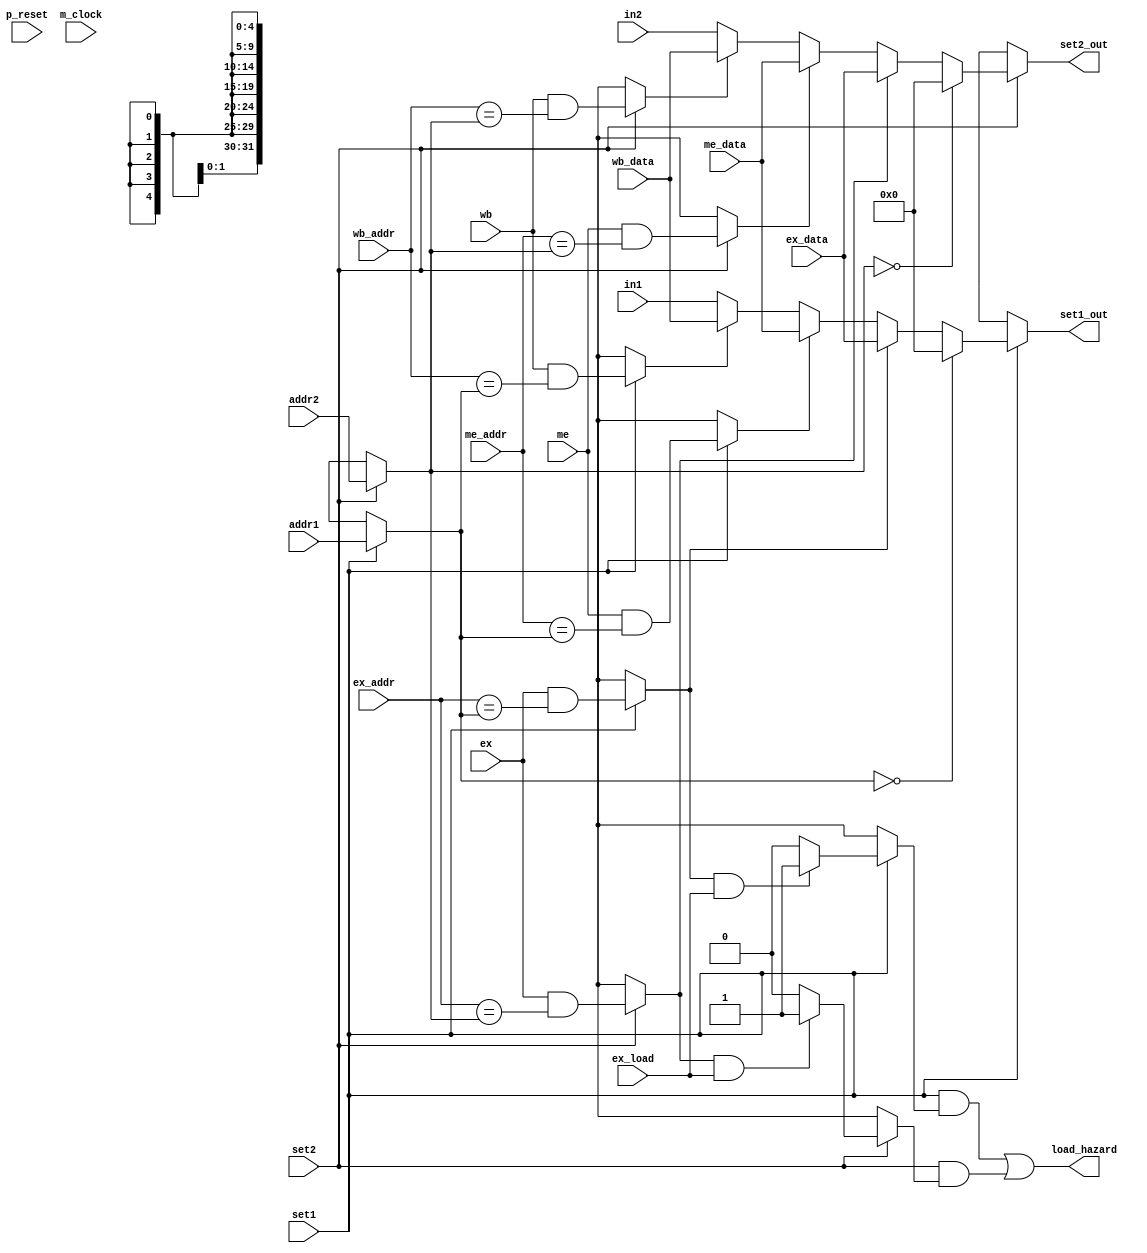
/*
 * This code is produced by: 
 *   FSL Compiler version 0.1 alpha (2020-05-19) build 20E314
 *   Designed by Nobuya WATANABE, Okayama University, 2015-2020.
 * 
 *   Thu Jun 04 17:20:04 JST 2020
 * 
 * The source file of this code: 'p32ForwardingUnit.fsl'.
 * 
 * INFO: 
 * 
 */
/* ModuleDef: p32ForwardingUnit */

module p32ForwardingUnit(p_reset, m_clock, addr1, in1, addr2, in2, ex_addr, ex_data, me_addr, me_data, wb_addr, wb_data, load_hazard, ex, me, wb, ex_load, set1, set2, set1_out, set2_out);
  input         p_reset;
  wire          p_reset;
  input         m_clock;
  wire          m_clock;
  input   [4:0] addr1;
  wire    [4:0] addr1;
  input  [31:0] in1;
  wire   [31:0] in1;
  input   [4:0] addr2;
  wire    [4:0] addr2;
  input  [31:0] in2;
  wire   [31:0] in2;
  input   [4:0] ex_addr;
  wire    [4:0] ex_addr;
  input  [31:0] ex_data;
  wire   [31:0] ex_data;
  input   [4:0] me_addr;
  wire    [4:0] me_addr;
  input  [31:0] me_data;
  wire   [31:0] me_data;
  input   [4:0] wb_addr;
  wire    [4:0] wb_addr;
  input  [31:0] wb_data;
  wire   [31:0] wb_data;
  output        load_hazard;
  wire          load_hazard;
  input         ex;
  wire          ex;
  input         me;
  wire          me;
  input         wb;
  wire          wb;
  input         ex_load;
  wire          ex_load;
  input         set1;
  wire          set1;
  input         set2;
  wire          set2;
  output [31:0] set1_out;
  wire   [31:0] set1_out;
  output [31:0] set2_out;
  wire   [31:0] set2_out;
  /* for bundle-type input/output */
  /* local decls */
  wire          __net0;
  wire          __net1;
  wire          __net10;
  wire          __net11;
  wire          __net12;
  wire          __net13;
  wire          __net14;
  wire          __net2;
  wire          __net3;
  wire          __net4;
  wire          __net5;
  wire          __net6;
  wire          __net7;
  wire          __net8;
  wire          __net9;
  wire    [4:0] _forwarding_addr;
  wire          _forwarding_fromEX_1_1000;
  wire          _forwarding_fromMEM_1_1001;
  wire          _forwarding_fromWB_1_1002;
  wire   [31:0] _forwarding_in;
  wire   [31:0] _forwarding_result_;
  wire    [4:0] _set1__forwarding_addr_2_1003;
  wire   [31:0] _set1__forwarding_in_2_1004;
  wire          _set1_fromEX_3_1005;
  wire          _set1_fromMEM_3_1006;
  wire          _set1_fromWB_3_1007;
  wire    [4:0] _set2__forwarding_addr_4_1008;
  wire   [31:0] _set2__forwarding_in_4_1009;
  wire          _set2_fromEX_5_1010;
  wire          _set2_fromMEM_5_1011;
  wire          _set2_fromWB_5_1012;
  wire          forwarding;
  /* assigns */
  assign __net0 = forwarding ? 
                    _forwarding_fromEX_1_1000 && ex_load ? 
                      1'b1 : 
                      1'b0 : 
                    1'bx;
  assign __net1 = forwarding ? 
                    _forwarding_addr == 5'B00000 ? 
                      1'b1 : 
                      1'b0 : 
                    1'bx;
  assign __net10 = set2 ? 
                     _set2_fromEX_5_1010 && ex_load ? 
                       1'b1 : 
                       1'b0 : 
                     1'bx;
  assign __net11 = set2 ? 
                     _set2__forwarding_addr_4_1008 == 5'B00000 ? 
                       1'b1 : 
                       1'b0 : 
                     1'bx;
  assign __net12 = set2 & ~__net11 ? 
                     _set2_fromEX_5_1010 ? 
                       1'b1 : 
                       1'b0 : 
                     1'bx;
  assign __net13 = set2 & ~__net11 & ~__net12 ? 
                     _set2_fromMEM_5_1011 ? 
                       1'b1 : 
                       1'b0 : 
                     1'bx;
  assign __net14 = set2 & ~__net11 & ~__net12 & ~__net13 ? 
                     _set2_fromWB_5_1012 ? 
                       1'b1 : 
                       1'b0 : 
                     1'bx;
  assign __net2 = forwarding & ~__net1 ? 
                    _forwarding_fromEX_1_1000 ? 
                      1'b1 : 
                      1'b0 : 
                    1'bx;
  assign __net3 = forwarding & ~__net1 & ~__net2 ? 
                    _forwarding_fromMEM_1_1001 ? 
                      1'b1 : 
                      1'b0 : 
                    1'bx;
  assign __net4 = forwarding & ~__net1 & ~__net2 & ~__net3 ? 
                    _forwarding_fromWB_1_1002 ? 
                      1'b1 : 
                      1'b0 : 
                    1'bx;
  assign __net5 = set1 ? _set1_fromEX_3_1005 && ex_load ? 1'b1 : 1'b0 : 1'bx;
  assign __net6 = set1 ? 
                    _set1__forwarding_addr_2_1003 == 5'B00000 ? 
                      1'b1 : 
                      1'b0 : 
                    1'bx;
  assign __net7 = set1 & ~__net6 ? _set1_fromEX_3_1005 ? 1'b1 : 1'b0 : 1'bx;
  assign __net8 = set1 & ~__net6 & ~__net7 ? 
                    _set1_fromMEM_3_1006 ? 
                      1'b1 : 
                      1'b0 : 
                    1'bx;
  assign __net9 = set1 & ~__net6 & ~__net7 & ~__net8 ? 
                    _set1_fromWB_3_1007 ? 
                      1'b1 : 
                      1'b0 : 
                    1'bx;
  assign _forwarding_fromEX_1_1000 = forwarding ? 
                                       ex && ex_addr == _forwarding_addr : 
                                       1'bx;
  assign _forwarding_fromMEM_1_1001 = forwarding ? 
                                        me && me_addr == _forwarding_addr : 
                                        1'bx;
  assign _forwarding_fromWB_1_1002 = forwarding ? 
                                       wb && wb_addr == _forwarding_addr : 
                                       1'bx;
  assign _forwarding_result_ = forwarding ? 
                                 _forwarding_addr == 5'B00000 ? 
                                   32'B00000000000000000000000000000000 : 
                                   _forwarding_fromEX_1_1000 ? 
                                     ex_data : 
                                     _forwarding_fromMEM_1_1001 ? 
                                       me_data : 
                                       _forwarding_fromWB_1_1002 ? 
                                         wb_data : 
                                         _forwarding_in : 
                                 32'bx;
  assign _set1__forwarding_addr_2_1003 = set1 ? addr1 : 5'bx;
  assign _set1__forwarding_in_2_1004 = set1 ? in1 : 32'bx;
  assign _set1_fromEX_3_1005 = set1 ? 
                                 ex && ex_addr == _set1__forwarding_addr_2_1003 : 
                                 1'bx;
  assign _set1_fromMEM_3_1006 = set1 ? 
                                  me && me_addr == _set1__forwarding_addr_2_1003 : 
                                  1'bx;
  assign _set1_fromWB_3_1007 = set1 ? 
                                 wb && wb_addr == _set1__forwarding_addr_2_1003 : 
                                 1'bx;
  assign _set2__forwarding_addr_4_1008 = set2 ? addr2 : 5'bx;
  assign _set2__forwarding_in_4_1009 = set2 ? in2 : 32'bx;
  assign _set2_fromEX_5_1010 = set2 ? 
                                 ex && ex_addr == _set2__forwarding_addr_4_1008 : 
                                 1'bx;
  assign _set2_fromMEM_5_1011 = set2 ? 
                                  me && me_addr == _set2__forwarding_addr_4_1008 : 
                                  1'bx;
  assign _set2_fromWB_5_1012 = set2 ? 
                                 wb && wb_addr == _set2__forwarding_addr_4_1008 : 
                                 1'bx;
  assign set1_out = set1 ? 
                      _set1__forwarding_addr_2_1003 == 5'B00000 ? 
                        32'B00000000000000000000000000000000 : 
                        _set1_fromEX_3_1005 ? 
                          ex_data : 
                          _set1_fromMEM_3_1006 ? 
                            me_data : 
                            _set1_fromWB_3_1007 ? 
                              wb_data : 
                              _set1__forwarding_in_2_1004 : 
                      32'bx;
  assign set2_out = set2 ? 
                      _set2__forwarding_addr_4_1008 == 5'B00000 ? 
                        32'B00000000000000000000000000000000 : 
                        _set2_fromEX_5_1010 ? 
                          ex_data : 
                          _set2_fromMEM_5_1011 ? 
                            me_data : 
                            _set2_fromWB_5_1012 ? 
                              wb_data : 
                              _set2__forwarding_in_4_1009 : 
                      32'bx;
  /* invokes */
  /* private function */
  assign load_hazard = forwarding & __net0 | (set1 & __net5 | set2 & __net10);
  assign forwarding = 1'b0;
  /* defs */
  /* FunDef ex */
  /*   parameter: ex_addr: Bit(5) */
  /*   parameter: ex_data: Bit(32) */
  /* FunDef me */
  /*   parameter: me_addr: Bit(5) */
  /*   parameter: me_data: Bit(32) */
  /* FunDef wb */
  /*   parameter: wb_addr: Bit(5) */
  /*   parameter: wb_data: Bit(32) */
  /* FunDef set1 */
  /*   parameter: addr1: Bit(5) */
  /*   parameter: in1: Bit(32) */
  /* FunDef set2 */
  /*   parameter: addr2: Bit(5) */
  /*   parameter: in2: Bit(32) */
endmodule
/* End of file (p32ForwardingUnit.v) */